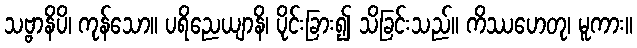
သဗ္ဗာနိပိ၊ ကုန်သော။ ပရိညေယျာနိ၊ ပိုင်းခြား၍ သိခြင်းသည်။ ကိဿဟေတု၊ မူကား။